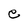
Character: e